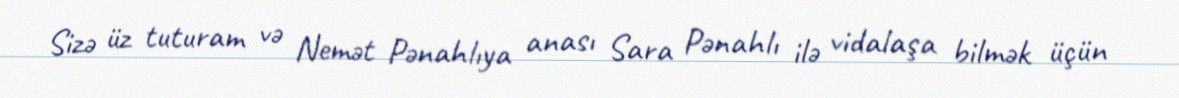
Sizə üz tuturam və Nemət Pənahlıya anası Sara Pənahlı ilə vidalaşa bilmək üçün